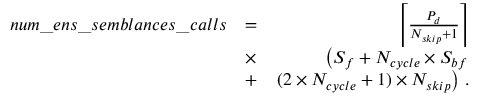
\begin{array} { r l r } { n u m \_ e n s \_ s e m b l a n c e s \_ c a l l s } & { = } & { \left\lceil \frac { P _ { d } } { N _ { s k i p } + 1 } \right\rceil } \\ & { \times } & { \left( S _ { f } + N _ { c y c l e } \times S _ { b f } \right. } \\ & { + } & { \left. ( 2 \times N _ { c y c l e } + 1 ) \times N _ { s k i p } \right) \, . } \end{array}